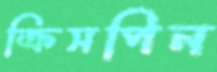
ক্রিসপিন